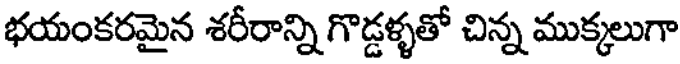
భయంకరమైన శరీరాన్ని గొడ్డళ్ళతో చిన్న ముక్కలుగా